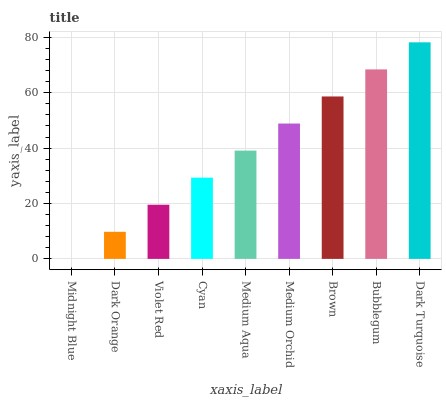
| xaxis_label | bars |
 | --- | --- |
 | Midnight Blue | 0 |
 | Dark Orange | 9.78 |
 | Violet Red | 19.6 |
 | Cyan | 29.3 |
 | Medium Aqua | 39.1 |
 | Medium Orchid | 48.9 |
 | Brown | 58.7 |
 | Bubblegum | 68.4 |
 | Dark Turquoise | 78.2 |